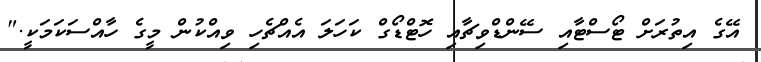
އޭގެ އިތުރަށް ޓޯސްޓާއި ސޭންޑްވިޗާއި ހޮޓްޑޯގް ކަހަލަ އެއްޗެހި ވިއްކުން މީގެ ހާއްސަކަމަކީ."